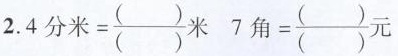
2.$$4 分 米 = \frac{( )}{( )} 米$$ $$7 角 = \frac{( )}{( )} 元